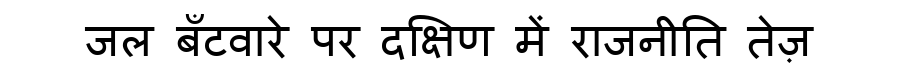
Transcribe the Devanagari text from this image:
जल बँटवारे पर दक्षिण में राजनीति तेज़